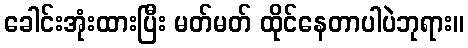
ခေါင်းအုံးထားပြီး မတ်မတ် ထိုင်နေတာပါပဲဘုရား။